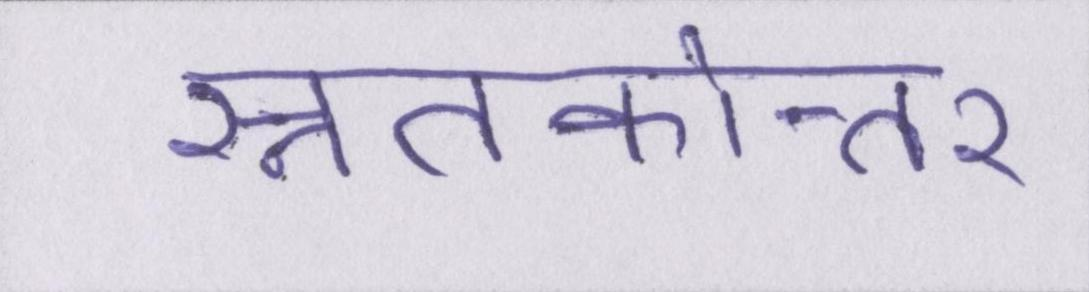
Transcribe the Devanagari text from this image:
स्नातकोत्तर